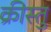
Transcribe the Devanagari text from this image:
क्रीस्तु